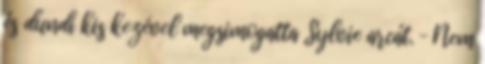
és dundi kis kezével megsimogatta Sylvie arcát. – Nem